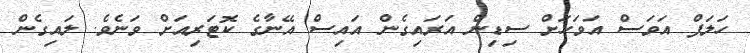
ހަލަފް އަވަސް އަވަހަށް ސިޑިން އަރައިގެން އައިސް އޭނާގެ ކޮޓަރިއަށް ވަނެވެ. ލައިގެން